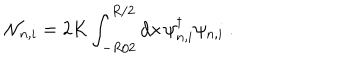
{ \cal N } _ { n , i } = 2 K \int _ { - R / 2 } ^ { R / 2 } \mathrm { d } x \, \psi _ { n , i } ^ { \dagger } \psi _ { n , i } \ .